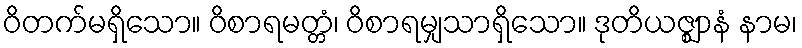
ဝိတက်မရှိသော။ ဝိစာရမတ္တံ၊ ဝိစာရမျှသာရှိသော။ ဒုတိယဇ္ဈာနံ နာမ၊